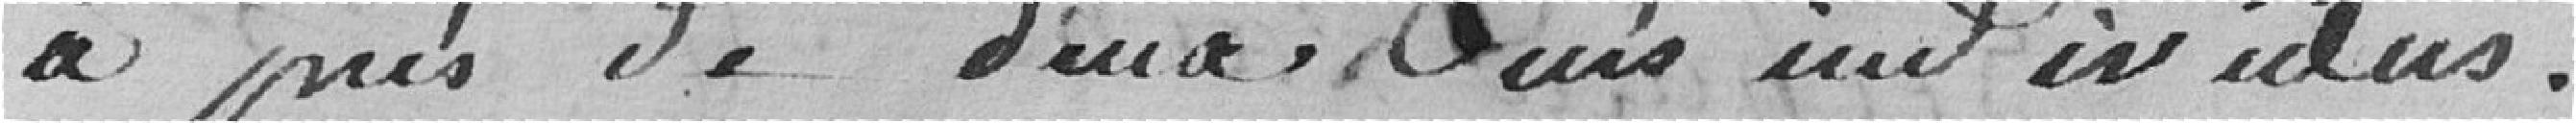
à près de deux des individus.